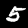
Label: 5